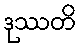
ဒုဿတိ